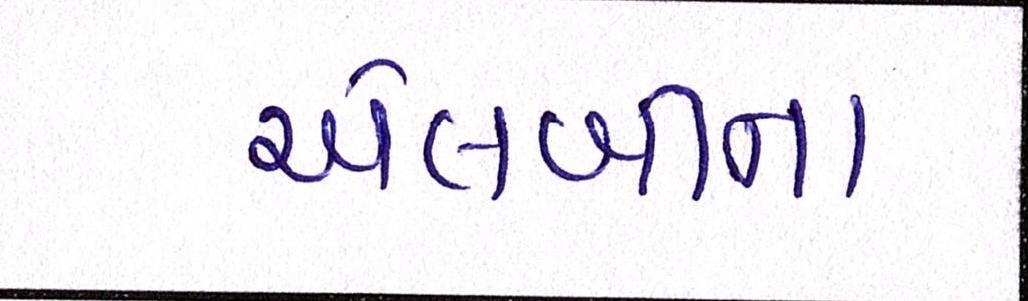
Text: એલબીના